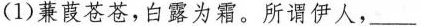
(1)蒹葭苍苍，白露为霜。所谓伊人，___